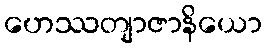
ဟေဿတျာဇာနိယော